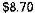
$8.70